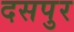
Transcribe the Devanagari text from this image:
दसपुर